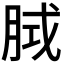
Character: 𭨵